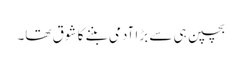
بچپن ہی سے بڑا آدمی بننے کا شوق تھا۔